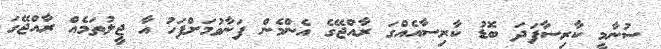
ސުނާމީ ކާރިސާފަދަ ބޮޑު ކާރިސާއެއްގަ ރާއްޖޭގެ އެންމެން ފަނާވުމަށްފަހު އާ ޖީލުތަމެއް ރާއްޖޭގަ